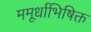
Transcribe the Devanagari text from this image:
ममूर्धाभिषिक्त